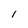
Character: 1